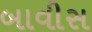
બાવીસ